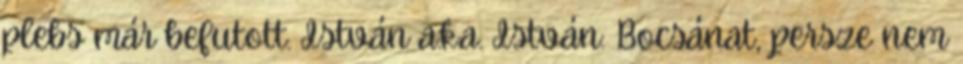
plebs már befutott. István a.k.a. István: Bocsánat, persze nem